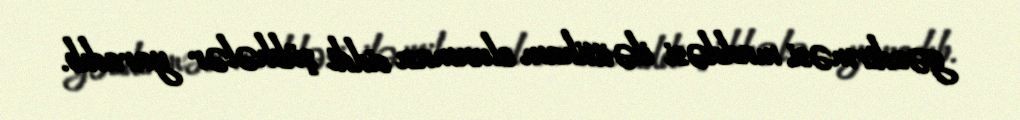
gəzdirməsi maddəsi ilə ittiham olunması ciddi şübhələr yaradıb.